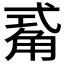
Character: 𮗫